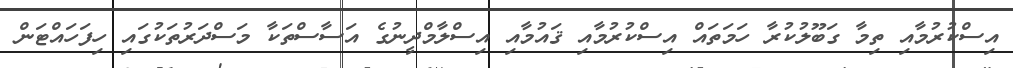
އިސްކުރުމާއި ތިމާ ގަބޫލުކުރާ ހަމަތައް އިސްކުރުމާއި ޤައުމާއި އިސްލާމްދީނުގެ އަސާސްތަކާ މަސްދަރުތަކުގައި ހިފަހައްޓަން